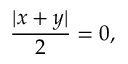
{ \frac { | x + y | } { 2 } } = 0 ,